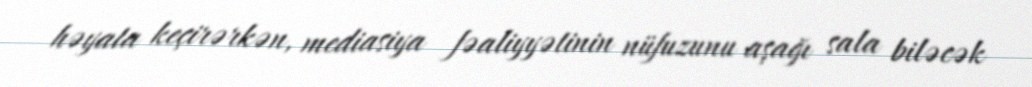
həyata keçirərkən, mediasiya fəaliyyətinin nüfuzunu aşağı sala biləcək